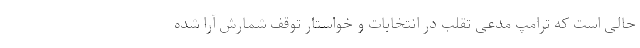
حالی است که ترامپ مدعی تقلب در انتخابات و خواستار توقف شمارش آرا شده